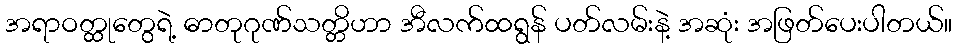
အရာဝတ္ထုတွေရဲ့ ဓာတုဂုဏ်သတ္တိဟာ အီလက်ထရွန် ပတ်လမ်းနဲ့ အဆုံး အဖြတ်ပေးပါတယ်။